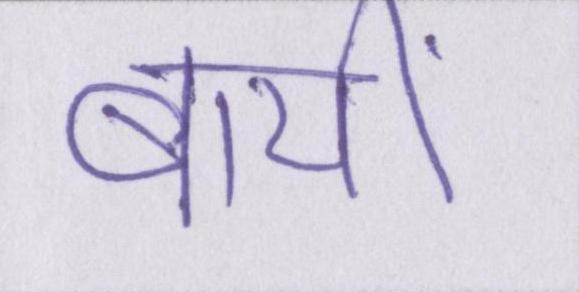
बायीं